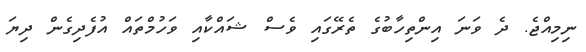
ނިމިއްޖެ. ދެ ވަނަ އިންތިހާބުގެ ތެރޭގައި ވެސް ޝައްކާއި ވަހުމްތައް އުފެދިގެން ދިޔަ